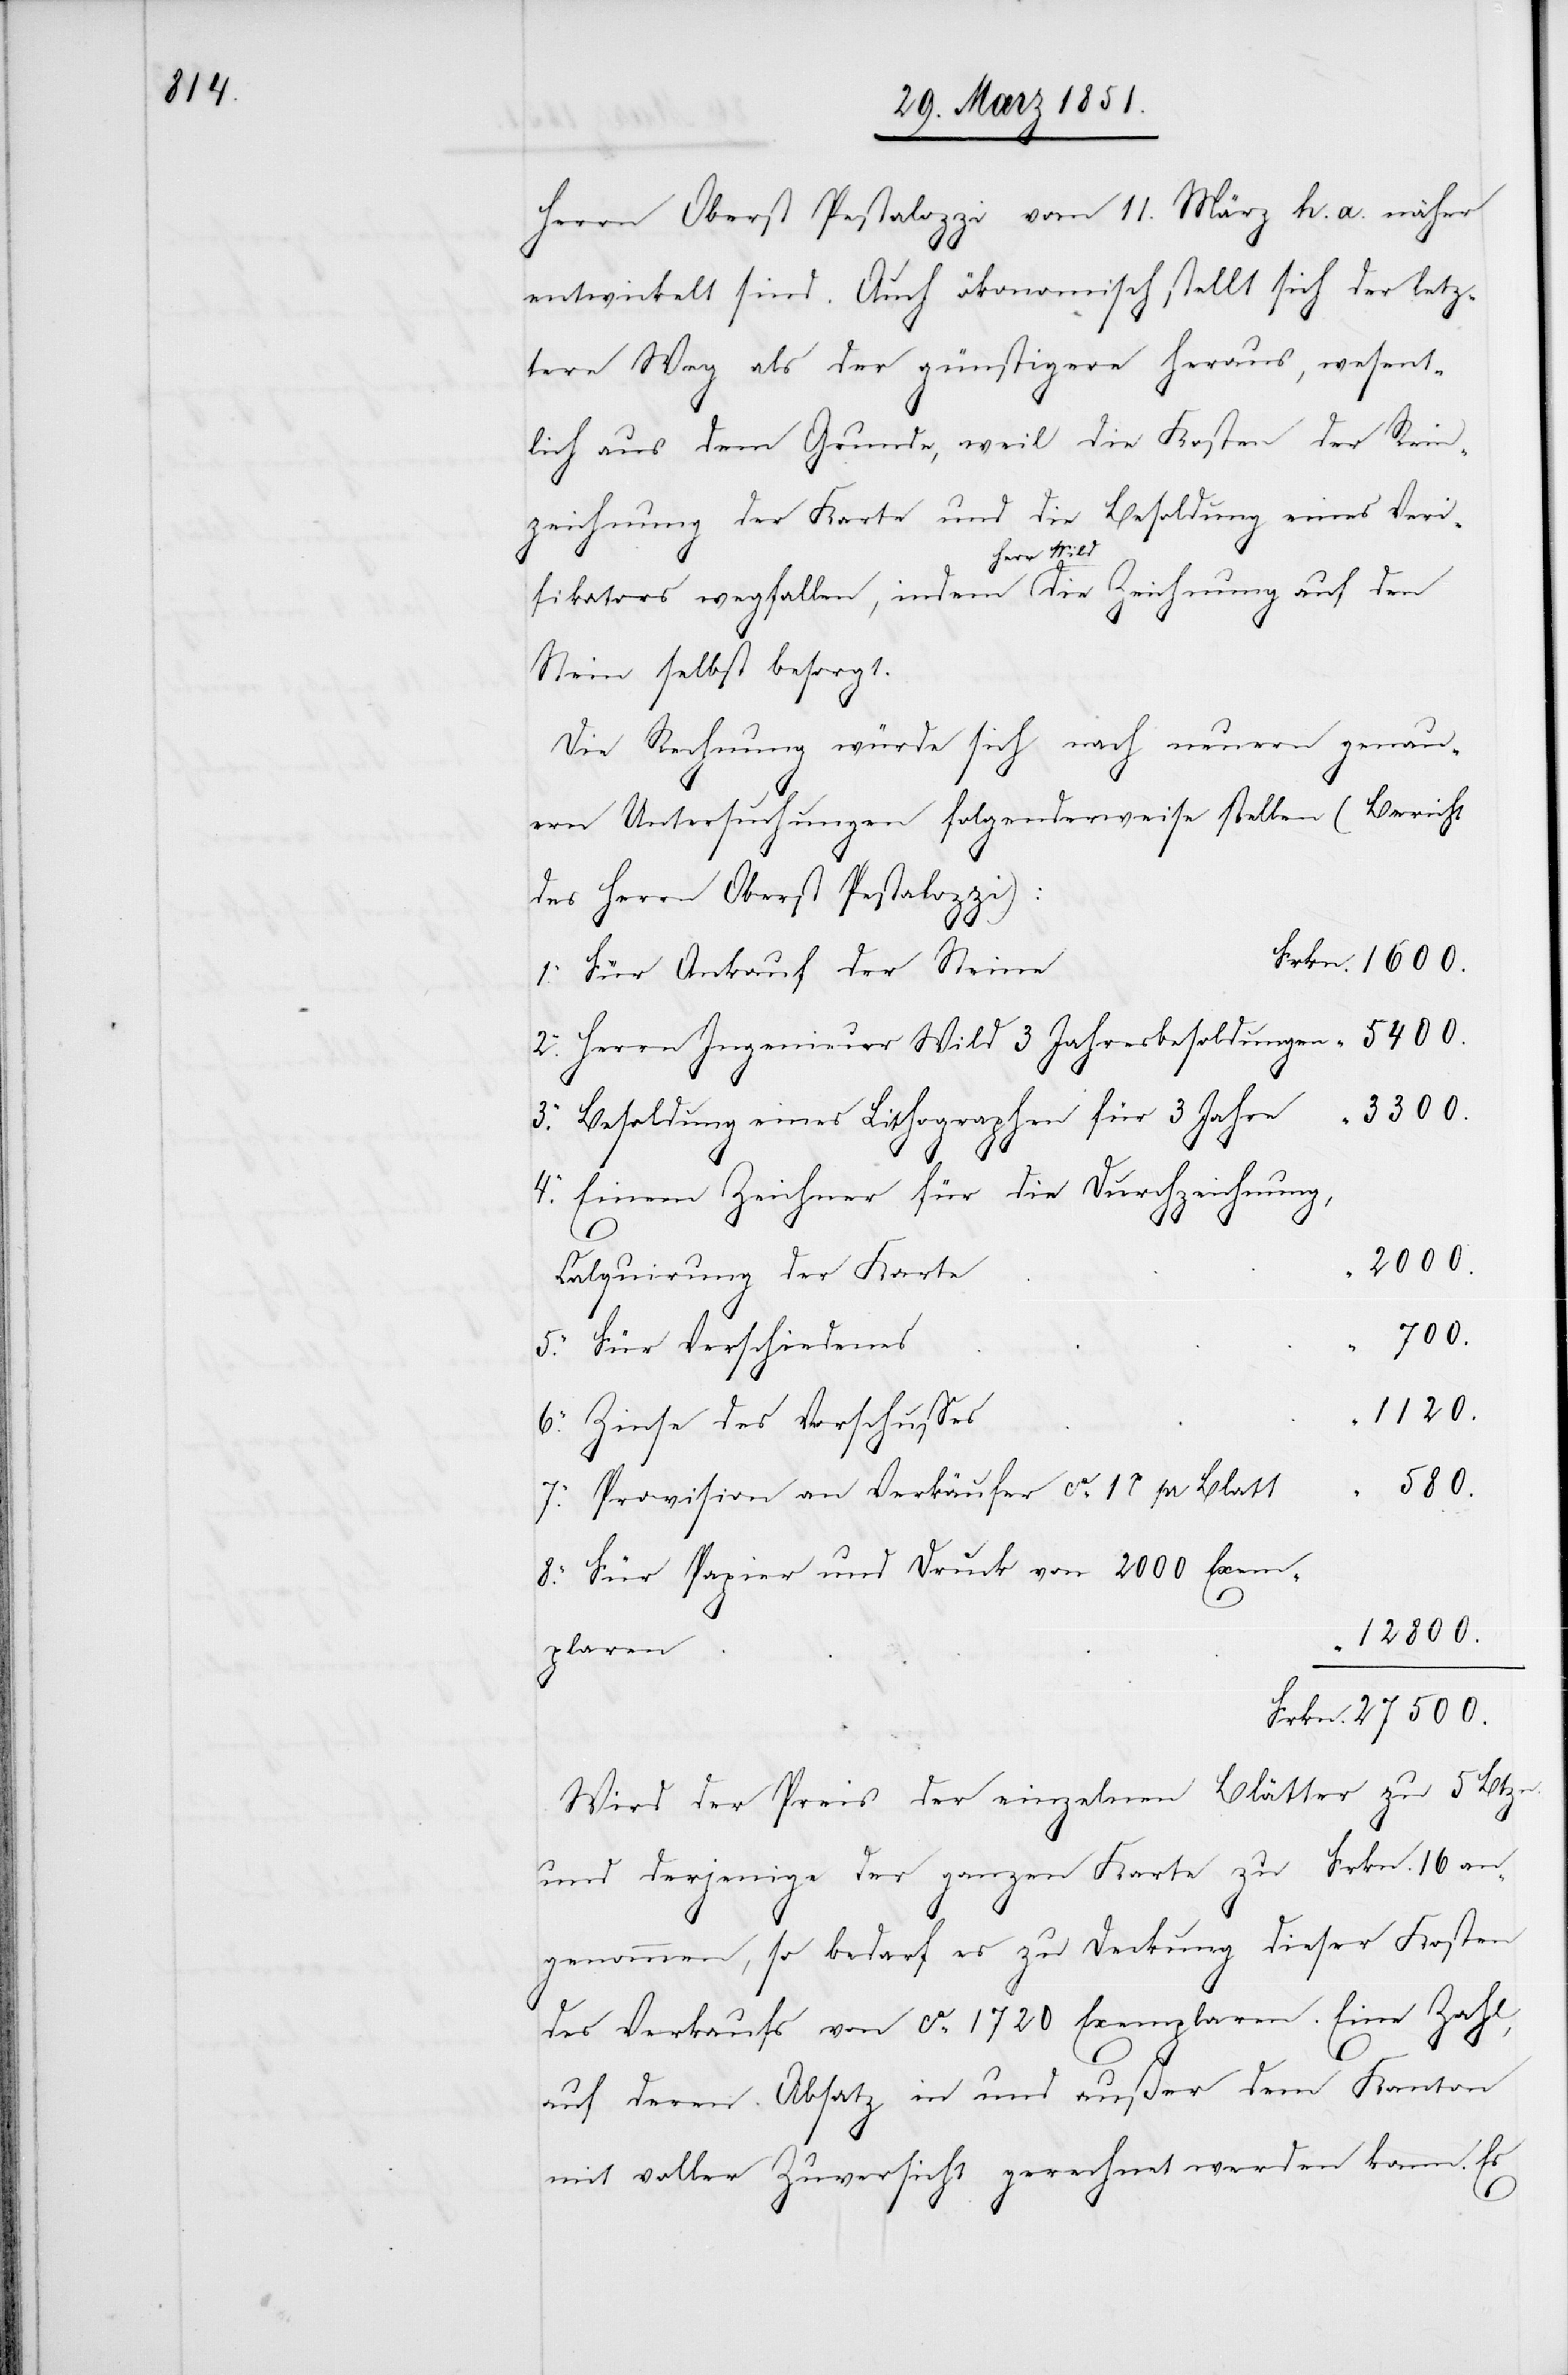
Herrn Oberst Pestalozzi vom 11. März h. a. näher
entwickelt sind. Auch ökonomisch stellt sich der letz¬
tere Weg als der günstigere heraus, wesent¬
lich aus dem Grunde, weil die Kosten der Rein¬
zeichnung der Karte und die Besoldung eines Veri¬
fikators wegfallen, indem Herr Wild die Zeichnung auf den
Stein selbst besorgt.
Die Rechnung würde sich nach neuern genau¬
ern Untersuchungen folgenderweise stellen (Bericht
des Herrn Oberst Pestalozzi):
Für Ankauf der Steine
Herrn Ingenieur Wild 3 Jahresbesoldungen
3300.
Besoldung eines Lithographen für 3 Jahre
Einem Zeichner für die Durchzeichnung,
8.
2000.
Calquirung der Karte
27500.
Für Verschiedenes
1120.
Zinse des Vorschusses
Provision an Verkäufer ca. 1rp[en] pr Blatt
Für Papier und Druck von 2000 Exem¬
12800.
plaren
Wird der Preis der einzelnen Blätter zu 5 Btzn.
und derjenige der ganzen Karte zu Frkn. 16 an¬
genommen, so bedarf es zu Deckung dieser Kosten
des Verkaufs von ca. 1720 Exemplaren. Eine Zahl,
“
Frkn.
auf deren Absatz in und außer dem Kanton
mit voller Zuversicht gerechnet werden kann. Es
7.